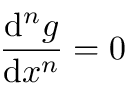
{ \frac { \mathrm { d } ^ { n } g } { \mathrm { d } x ^ { n } } } = 0